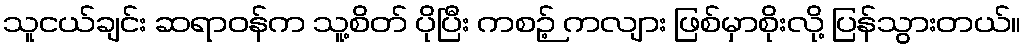
သူငယ်ချင်း ဆရာဝန်က သူ့စိတ် ပိုပြီး ကစဉ့် ကလျား ဖြစ်မှာစိုးလို့ ပြန်သွားတယ်။